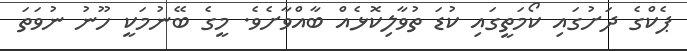
ޕެކްގެ ދަށުގައި ކޯމަތީގައި ކުޑަ ތުވާލިކޮޅެއް ބާއްވާށެވެ. މީގެ ބޭނުމަކީ ހޫނު ނުވަތަ